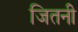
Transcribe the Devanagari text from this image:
जितनी